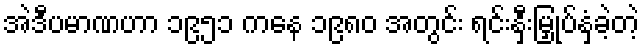
အဲဒီပမာဏဟာ ၁၉၅၁ ကနေ ၁၉၈၀ အတွင်း ရင်းနှီးမြှုပ်နှံခဲ့တဲ့